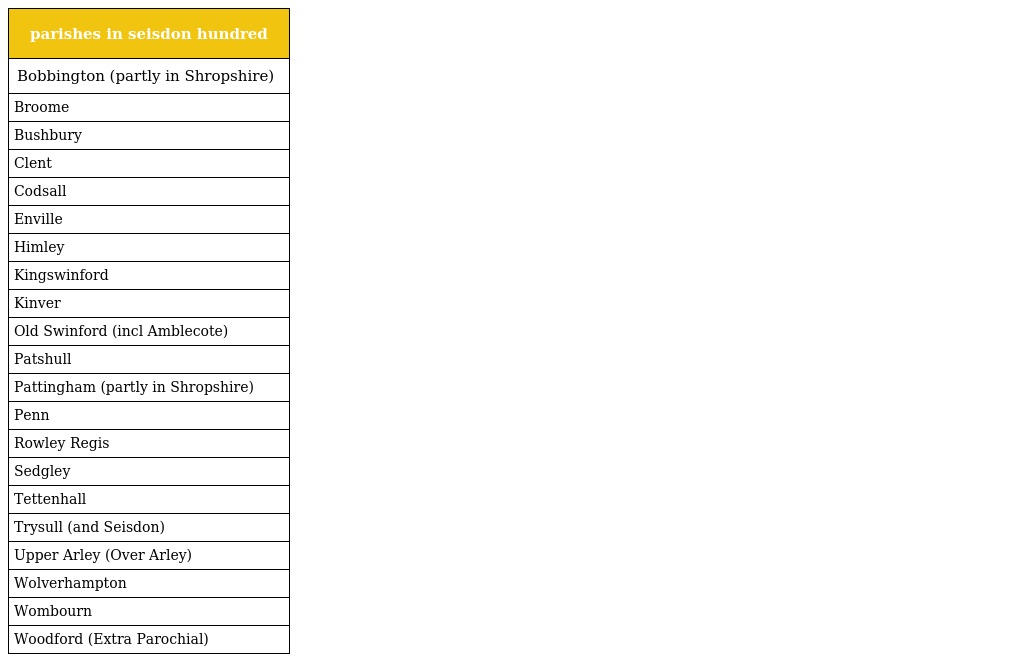
| parishes in seisdon hundred |
 | --- |
 | Bobbington (partly in Shropshire) |
 | Broome |
 | Bushbury |
 | Clent |
 | Codsall |
 | Enville |
 | Himley |
 | Kingswinford |
 | Kinver |
 | Old Swinford (incl Amblecote) |
 | Patshull |
 | Pattingham (partly in Shropshire) |
 | Penn |
 | Rowley Regis |
 | Sedgley |
 | Tettenhall |
 | Trysull (and Seisdon) |
 | Upper Arley (Over Arley) |
 | Wolverhampton |
 | Wombourn |
 | Woodford (Extra Parochial) |